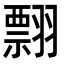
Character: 翲